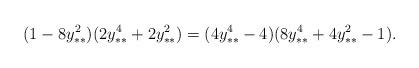
LaTeX: \begin{align*}(1-8y_{**}^2)(2y_{**}^4+2y_{**}^2) = (4y_{**}^4-4)(8y_{**}^4+4y_{**}^2-1).\end{align*}